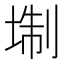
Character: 𡍘